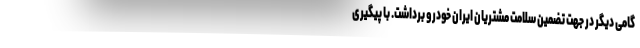
گامی دیگر در جهت تضمین سلامت مشتریان ایران خودرو برداشت. با پیگیری